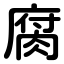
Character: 腐